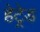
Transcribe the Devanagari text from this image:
हेट्रेड